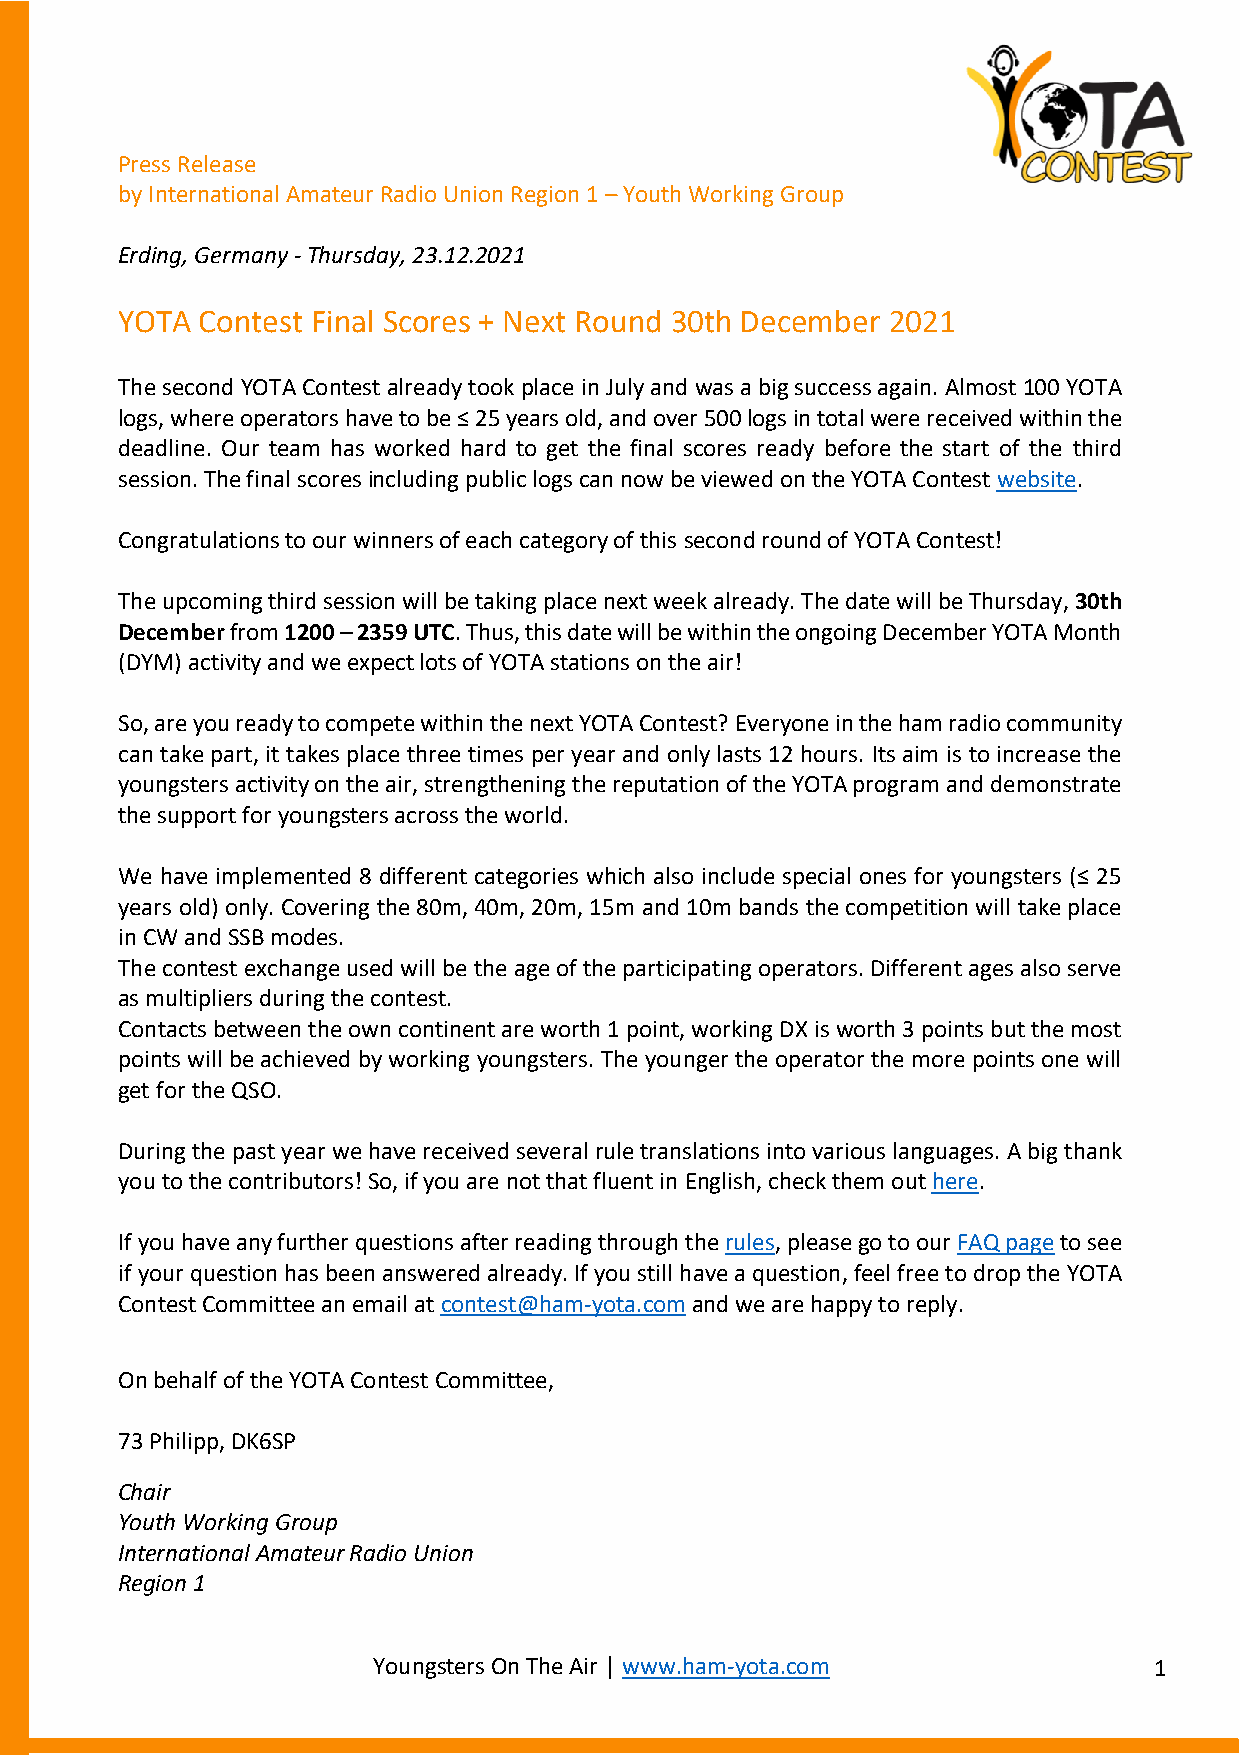
Press Release
 by International Amateur Radio Union Region 1 – Youth Working Group
 Erding, Germany - Thursday, 23.12.2021
 YOTA Contest Final Scores + Next Round 30th December 2021
 The second YOTA Contest already took place in July and was a big success again. Almost 100 YOTA
 logs, where operators have to be ≤ 25 years old, and over 500 logs in total were received within the
 deadline. Our team has worked hard to get the final scores ready before the start of the third
 session. The final scores including public logs can now be viewed on the YOTA Contest website.
 Congratulations to our winners of each category of this second round of YOTA Contest!
 The upcoming third session will be taking place next week already. The date will be Thursday, 30th
 December from 1200 – 2359 UTC. Thus, this date will be within the ongoing December YOTA Month
 (DYM) activity and we expect lots of YOTA stations on the air!
 So, are you ready to compete within the next YOTA Contest? Everyone in the ham radio community
 can take part, it takes place three times per year and only lasts 12 hours. Its aim is to increase the
 youngsters activity on the air, strengthening the reputation of the YOTA program and demonstrate
 the support for youngsters across the world.
 We have implemented 8 different categories which also include special ones for youngsters (≤ 25
 years old) only. Covering the 80m, 40m, 20m, 15m and 10m bands the competition will take place
 in CW and SSB modes.
 The contest exchange used will be the age of the participating operators. Different ages also serve
 as multipliers during the contest.
 Contacts between the own continent are worth 1 point, working DX is worth 3 points but the most
 points will be achieved by working youngsters. The younger the operator the more points one will
 get for the QSO.
 During the past year we have received several rule translations into various languages. A big thank
 you to the contributors! So, if you are not that fluent in English, check them out here.
 If you have any further questions after reading through the rules, please go to our FAQ page to see
 if your question has been answered already. If you still have a question, feel free to drop the YOTA
 Contest Committee an email at contest@ham-yota.com and we are happy to reply.
 On behalf of the YOTA Contest Committee,
 73 Philipp, DK6SP
 Chair
 Youth Working Group
 International Amateur Radio Union
 Region 1
 Youngsters On The Air | www.ham-yota.com           1